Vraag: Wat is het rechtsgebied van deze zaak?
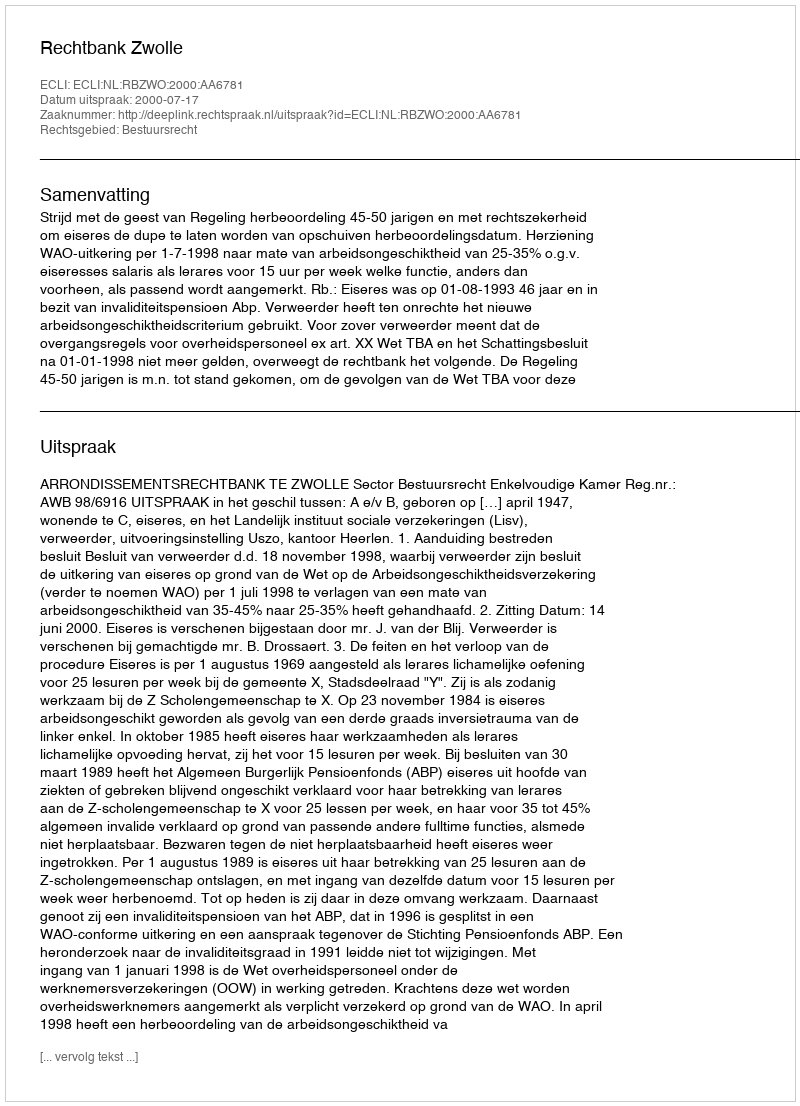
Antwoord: Bestuursrecht